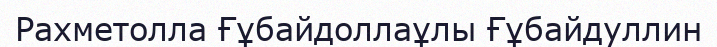
Рахметолла Ғұбайдоллаұлы Ғұбайдуллин